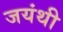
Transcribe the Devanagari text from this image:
जयंथी